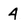
Character: 4